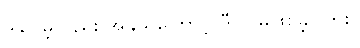
ဒါပေမဲ့လည်း အိန္ဒိယကြောင့် ဒီလို မဖြစ်ခဲ့ပါဘူး။